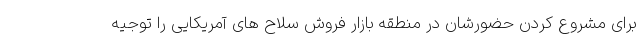
برای مشروع کردن حضورشان در منطقه بازار فروش سلاح های آمریکایی را توجیه